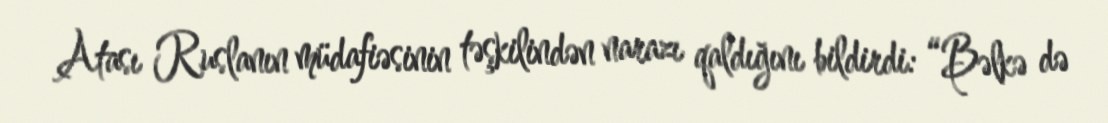
Atası Ruslanın müdafiəsinin təşkilindən narazı qaldığını bildirdi: “Bəlkə də